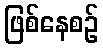
ဖြစ်နေစဉ်